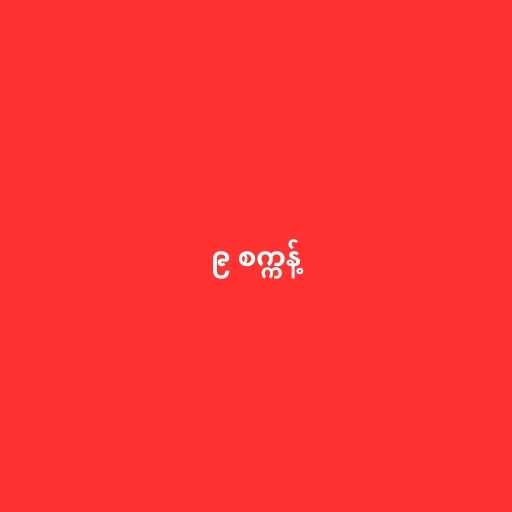
၉ စက္ကန့်